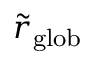
\tilde { r } _ { \mathrm { g l o b } }